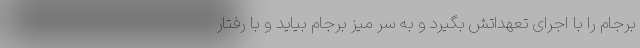
برجام را با اجرای تعهداتش بگیرد و به سر میز برجام بیاید و با رفتار